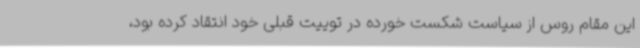
این مقام روس از سیاست شکست خورده در توییت قبلی خود انتقاد کرده بود،